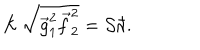
{ \cal K } \, \sqrt { { \vec { g } } _ { 1 } ^ { 2 } { \vec { f } } _ { 2 } ^ { 2 } } = { \cal S } { \hbar } .